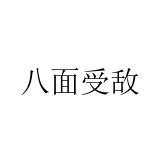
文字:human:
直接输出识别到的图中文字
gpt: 八面受敌